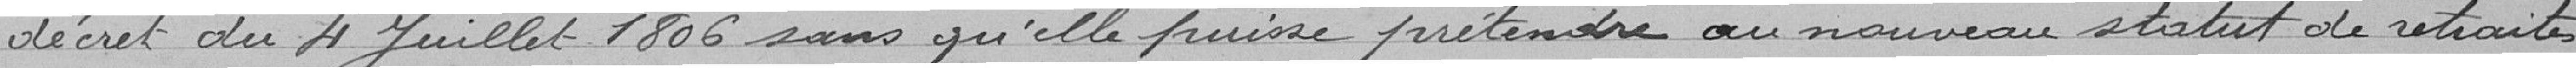
décret du 4 juillet 1806 sans qu'elle puisse prétendre au nouveau statut de retraite